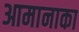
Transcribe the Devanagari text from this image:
आमानाका